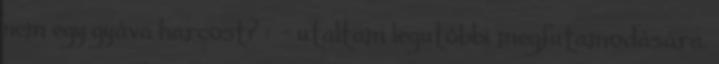
nem egy gyáva harcost? : - utaltam legutóbbi megfutamodására.